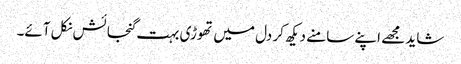
شاید مجھے اپنے سامنے دیکھ کر دل میں تھوڑی بہت گنجائش نکل آئے۔